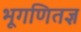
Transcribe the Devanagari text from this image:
भूगणितज्ञ